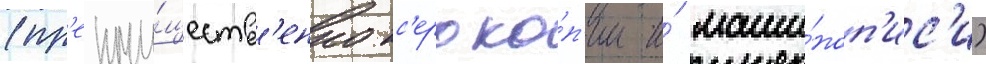
(пр'еиму́ществ'енно кс'ероко́п'ии и́ маши́ноп'ис'и)